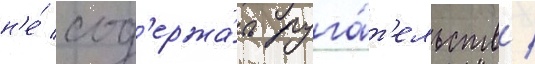
н'е́ сод'ержа́ть руга́т'ельств /